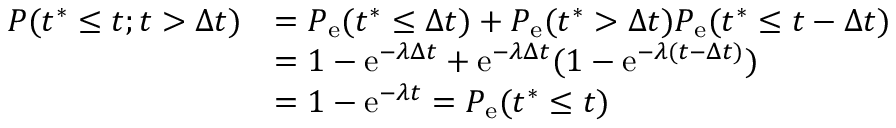
\begin{array} { r l } { P ( t ^ { \ast } \leq t ; t > \Delta t ) } & { = P _ { \mathrm { e } } ( t ^ { \ast } \leq \Delta t ) + P _ { \mathrm { e } } ( t ^ { \ast } > \Delta t ) P _ { \mathrm { e } } ( t ^ { \ast } \leq t - \Delta t ) } \\ & { = 1 - \mathrm { e } ^ { - \lambda \Delta t } + \mathrm { e } ^ { - \lambda \Delta t } ( 1 - \mathrm { e } ^ { - \lambda ( t - \Delta t ) } ) } \\ & { = 1 - \mathrm { e } ^ { - \lambda t } = P _ { \mathrm { e } } ( t ^ { \ast } \leq t ) } \end{array}